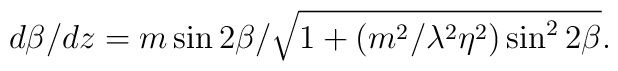
d\beta / dz=  { m\sin 2\beta}/\sqrt {1 +(m^2/\lambda ^2 \eta ^2)\sin ^2 2\beta}.